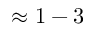
\approx 1 - 3